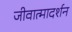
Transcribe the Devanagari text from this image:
जीवात्मादर्शन